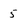
Character: 5